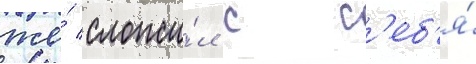
же́ сложи́л с с'еб'я́